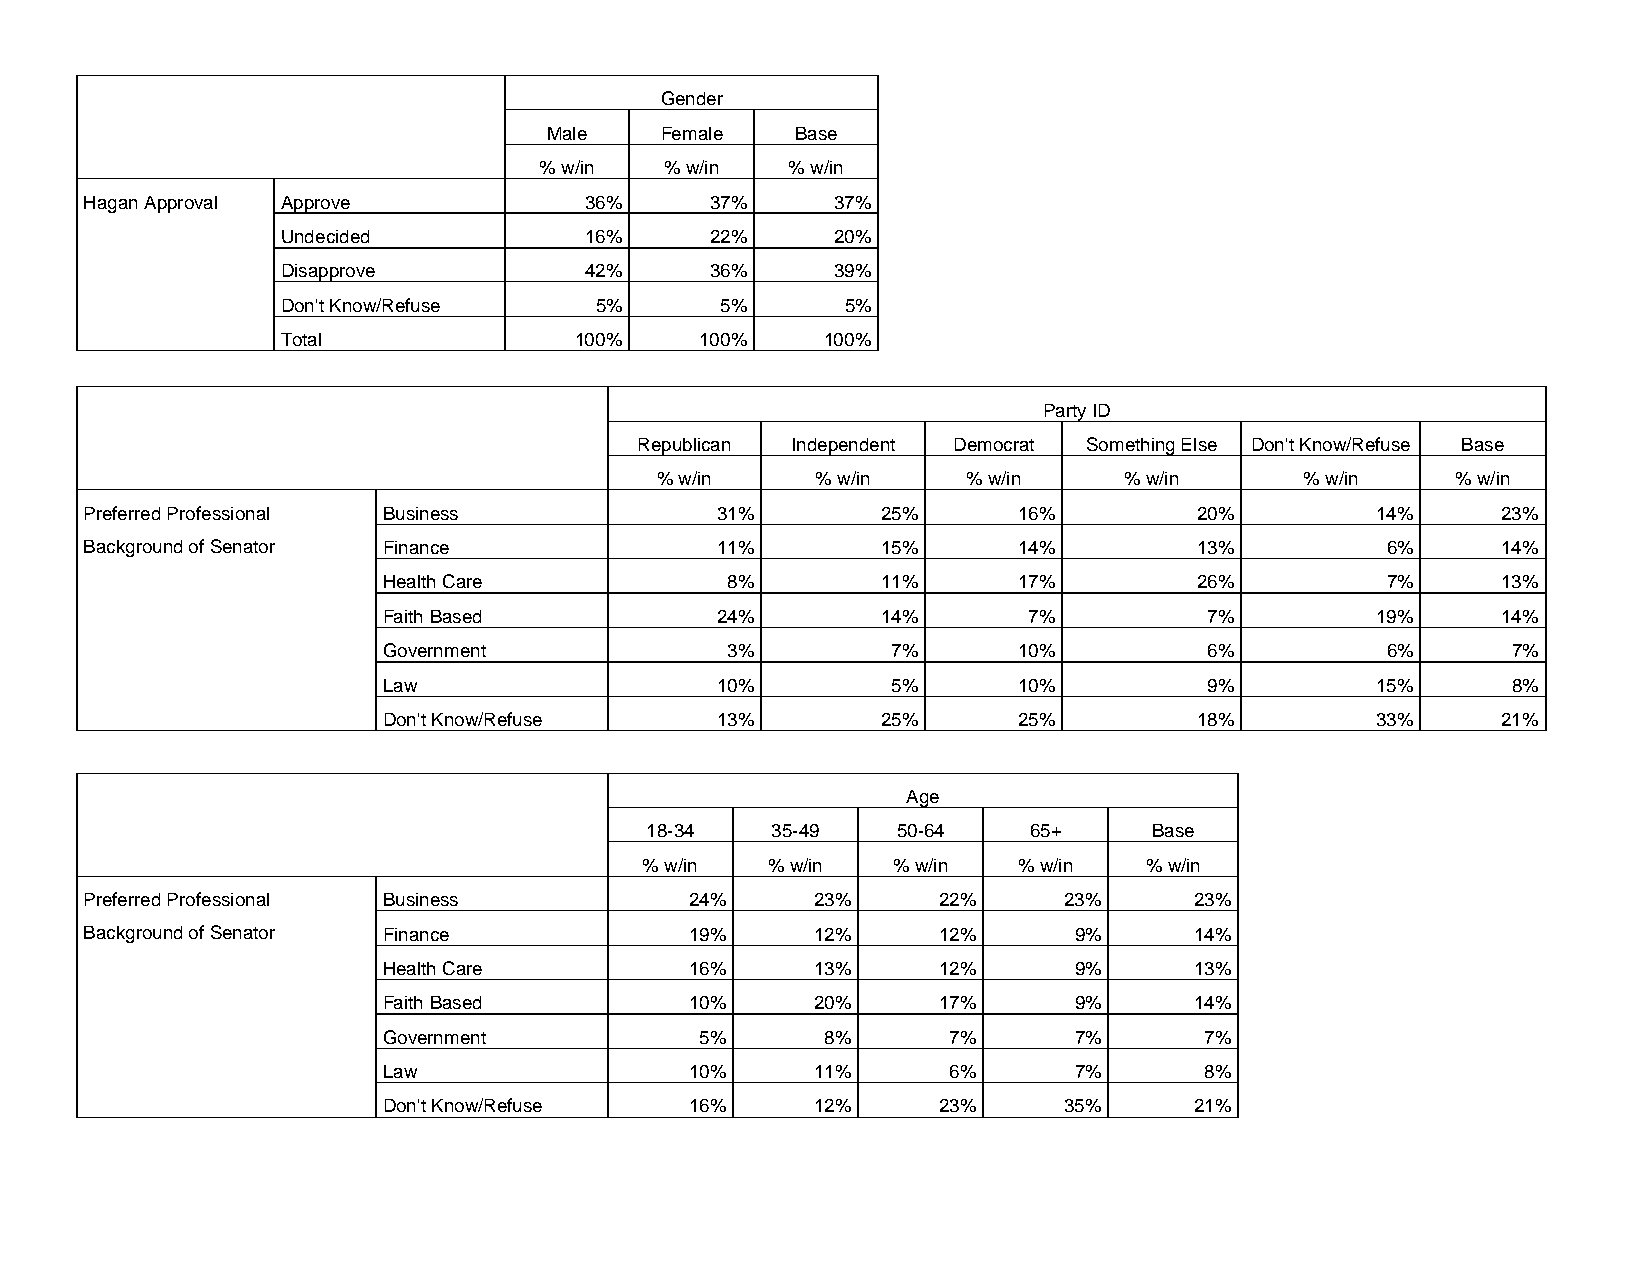
Gender
 Male    Female   Base
 % w/in  % w/in  % w/in
 Hagan Approval Approve           36%     37%     37%
 Undecided           16%     22%     20%
 Disapprove          42%     36%     39%
 Don't Know/Refuse   5%       5%      5%
 Total              100%    100%    100%
 Party ID
 Republican Independent Democrat Something Else Don't Know/Refuse Base
 % w/in     % w/in    % w/in    % w/in      % w/in    % w/in
 Preferred Professional Business          31%        25%      16%         20%         14%     23%
 Background of Senator Finance            11%        15%      14%         13%          6%     14%
 Health Care            8%        11%      17%         26%          7%     13%
 Faith Based           24%        14%       7%          7%         19%     14%
 Government             3%         7%      10%          6%          6%      7%
 Law                   10%         5%      10%          9%         15%      8%
 Don't Know/Refuse     13%        25%      25%         18%         33%     21%
 Age
 18-34   35-49   50-64    65+     Base
 % w/in  % w/in  % w/in  % w/in   % w/in
 Preferred Professional Business         24%     23%     22%     23%      23%
 Background of Senator Finance           19%     12%     12%      9%      14%
 Health Care          16%     13%     12%      9%      13%
 Faith Based          10%     20%     17%      9%      14%
 Government           5%       8%      7%      7%       7%
 Law                  10%     11%      6%      7%       8%
 Don't Know/Refuse    16%     12%     23%     35%      21%